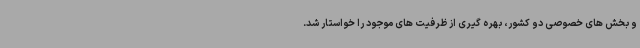
و بخش های خصوصی دو کشور، بهره گیری از ظرفیت های موجود را خواستار شد.